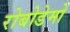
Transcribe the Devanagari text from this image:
रोबोडेमो